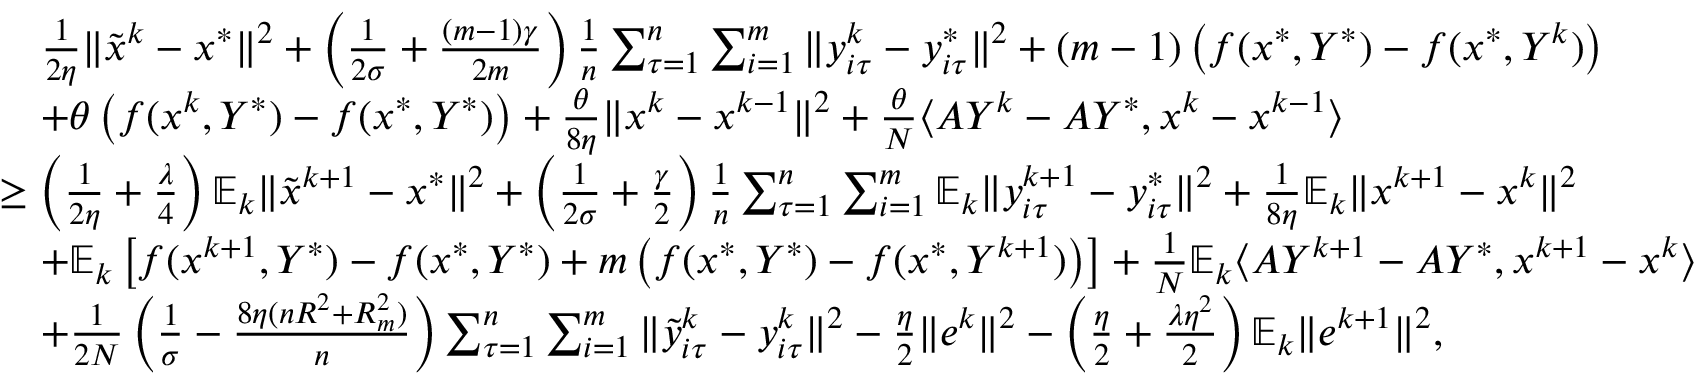
\begin{array} { r l } & { \quad \frac { 1 } { 2 \eta } \| { \tilde { x } } ^ { k } - x ^ { * } \| ^ { 2 } + \left( \frac { 1 } { 2 \sigma } + \frac { ( m - 1 ) \gamma } { 2 m } \right) \frac { 1 } { n } \sum _ { \tau = 1 } ^ { n } \sum _ { i = 1 } ^ { m } \| y _ { i \tau } ^ { k } - y _ { i \tau } ^ { * } \| ^ { 2 } + ( m - 1 ) \left( f ( x ^ { * } , Y ^ { * } ) - f ( x ^ { * } , Y ^ { k } ) \right) } \\ & { \quad + \theta \left( f ( x ^ { k } , Y ^ { * } ) - f ( x ^ { * } , Y ^ { * } ) \right) + \frac { \theta } { 8 \eta } \| x ^ { k } - x ^ { k - 1 } \| ^ { 2 } + \frac { \theta } { N } \langle A Y ^ { k } - A Y ^ { * } , x ^ { k } - x ^ { k - 1 } \rangle } \\ & { \geq \left( \frac { 1 } { 2 \eta } + \frac { \lambda } { 4 } \right) \mathbb { E } _ { k } \| { \tilde { x } } ^ { k + 1 } - x ^ { * } \| ^ { 2 } + \left( \frac { 1 } { 2 \sigma } + \frac { \gamma } { 2 } \right) \frac { 1 } { n } \sum _ { \tau = 1 } ^ { n } \sum _ { i = 1 } ^ { m } \mathbb { E } _ { k } \| y _ { i \tau } ^ { k + 1 } - y _ { i \tau } ^ { * } \| ^ { 2 } + \frac { 1 } { 8 \eta } \mathbb { E } _ { k } \| x ^ { k + 1 } - x ^ { k } \| ^ { 2 } } \\ & { \quad + \mathbb { E } _ { k } \left[ f ( x ^ { k + 1 } , Y ^ { * } ) - f ( x ^ { * } , Y ^ { * } ) + m \left( f ( x ^ { * } , Y ^ { * } ) - f ( x ^ { * } , Y ^ { k + 1 } ) \right) \right] + \frac { 1 } { N } \mathbb { E } _ { k } \langle A Y ^ { k + 1 } - A Y ^ { * } , x ^ { k + 1 } - x ^ { k } \rangle } \\ & { \quad + \frac { 1 } { 2 N } \left( \frac { 1 } { \sigma } - \frac { 8 \eta ( n R ^ { 2 } + R _ { m } ^ { 2 } ) } { n } \right) \sum _ { \tau = 1 } ^ { n } \sum _ { i = 1 } ^ { m } \| { \tilde { y } } _ { i \tau } ^ { k } - y _ { i \tau } ^ { k } \| ^ { 2 } - \frac { \eta } { 2 } \| e ^ { k } \| ^ { 2 } - \left( \frac { \eta } { 2 } + \frac { \lambda \eta ^ { 2 } } { 2 } \right) \mathbb { E } _ { k } \| e ^ { k + 1 } \| ^ { 2 } , } \end{array}